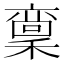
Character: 𱶣